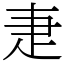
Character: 疌